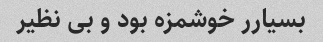
بسیارر خوشمزه بود و بی نظیر